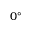
0 ^ { \circ }